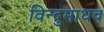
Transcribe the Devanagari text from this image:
विन्दुमाधव